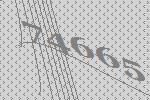
74665